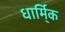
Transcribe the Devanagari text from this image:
धार्मि्क